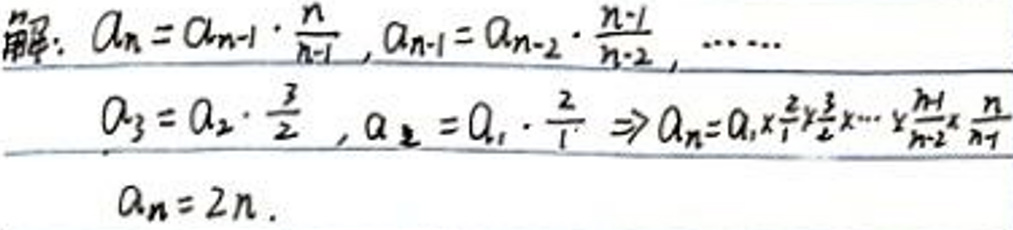
解\(: a_{n}&=a_{n - 1}\cdot\frac{n}{n - 1},a_{n - 1}=a_{n - 2}\cdot\frac{n - 1}{n - 2},\cdots\)\\
\(a_{3}&=a_{2}\cdot\frac{3}{2},a_{2}=a_{1}\cdot\frac{2}{1}\Rightarrow a_{n}=a_{1}\cdot\frac{2}{1}\cdot\frac{3}{2}\cdots\frac{n}{n - 1}\)\\
\(a_{n}&=2n.\)